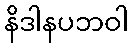
နိဒါနပဘဝါ